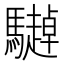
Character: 𱄹